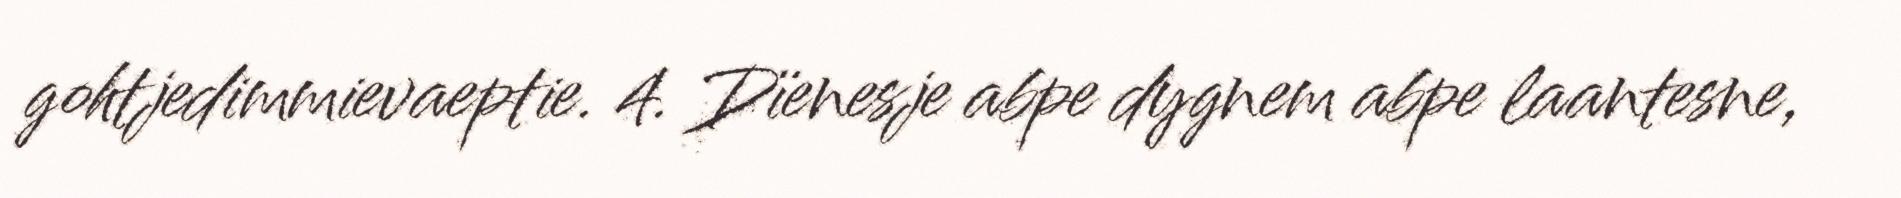
gohtjedimmievaeptie. 4. Dïenesje abpe dygnem abpe laantesne,